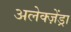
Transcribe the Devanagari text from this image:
अलेक्ज़ेंड्रा